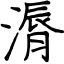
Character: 漘